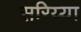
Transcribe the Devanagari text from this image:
सरिय्या